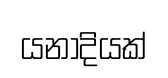
යනාදියක්